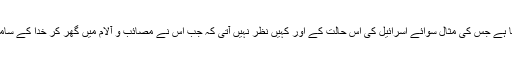
یہ نظارہ ایک ایسا شاندار منظر پیش کرتا ہے جس کی مثال سوائے اسرائیل کی اس حالت کے اور کہیں نظر نہیں آتی کہ جب اس نے مصائب و آلام میں گھِر کر خدا کے سامنے یہ الفاظ کہے تھے کہ اے میرے آقا!